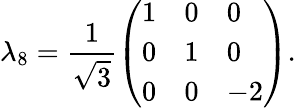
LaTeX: \lambda_{8}={\frac{1}{\sqrt{3}}}{\left(\begin{array}{lll}{1}&{0}&{0}\\ {0}&{1}&{0}\\ {0}&{0}&{-2}\end{array}\right)}.